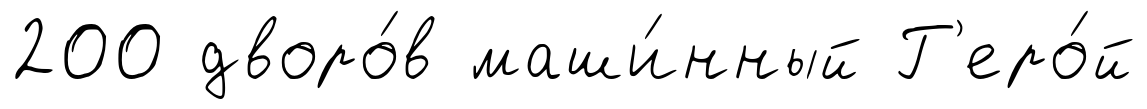
200 дворо́в маши́нный Г'еро́й